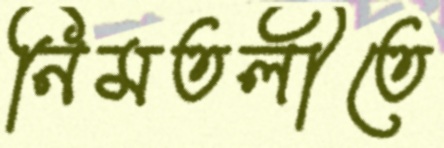
নিমতলীতে